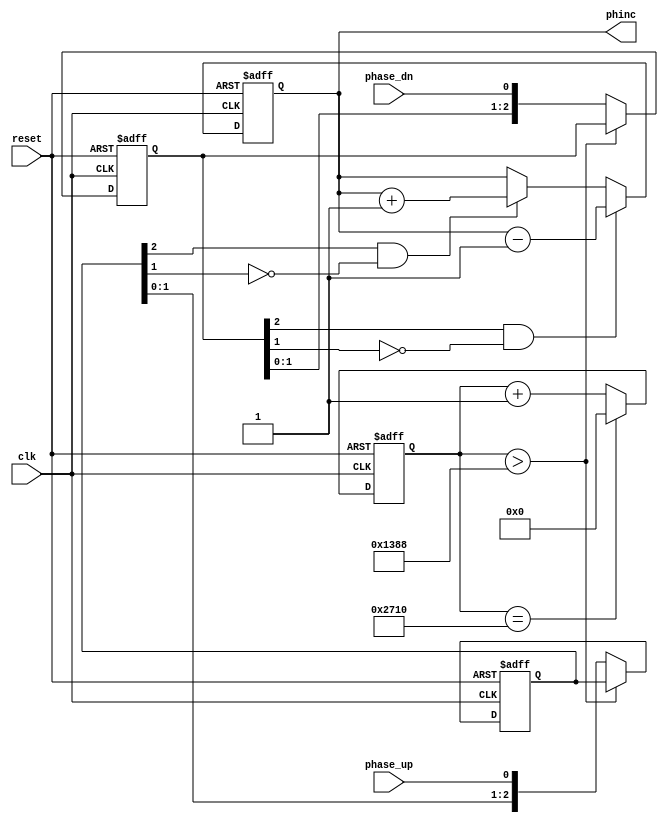
module buttons 
#(
	parameter DEFAULT = 8'd1
)

(
	input reset,
	input clk,
	input phase_up,
	input phase_dn,
	output reg [7:0]phinc
);

reg [14:0]cntClk;		
wire clkDetect;				// 250Hz clk
wire btn_up; 
wire btn_dn; 
reg[2:0]btn_up_sync; 
reg[2:0]btn_dn_sync; 


assign btn_up = ((btn_up_sync[2]) & !btn_up_sync[1]); 	// detect the front
assign btn_dn = ((btn_dn_sync[2]) & !btn_dn_sync[1]); 

assign clkDetect = (cntClk>5000) ? 0 : 1;


always@(negedge reset or posedge clk) begin		// generate clock
	if (~reset) begin
		cntClk <= 0;
	end else begin
		if (cntClk == 10000) begin
			cntClk <= 0;
		end else begin
			cntClk <= cntClk + 1'b1;
		end
		
	end
end

always@(negedge reset or posedge clk) begin						// double dff
	if (~reset) begin
		btn_up_sync <= 0;
		btn_dn_sync <= 0;
	end else begin
		if (clkDetect) begin
			btn_up_sync <= {btn_up_sync[1:0], phase_up}; 
			btn_dn_sync <= {btn_dn_sync[1:0], phase_dn}; 
		end
	end
end


always@(negedge reset or posedge clk) begin		// inc or dec the phase
	if (~reset)begin
		phinc <= DEFAULT;
	end else begin
		if (btn_dn) begin phinc <= phinc - 1'b1; end
		else if (btn_up) begin phinc <= phinc + 1'b1; end
	end
end


endmodule